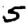
Digit: 5